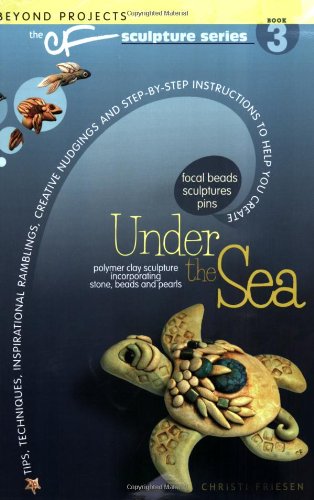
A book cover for Under the Sea: Beyond Projects: The CF Sculpture Series Book 3; Christi Friesen; Crafts, Hobbies & Home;